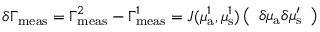
\delta \Gamma _ { \mathrm { m e a s } } = \Gamma _ { \mathrm { m e a s } } ^ { 2 } - \Gamma _ { \mathrm { m e a s } } ^ { 1 } = J ( \mu _ { { \mathrm a } } ^ { 1 } , \mu _ { \mathrm { s } } ^ { 1 } ) \left( \begin{array} { l } { \delta \mu _ { { \mathrm a } } \delta \mu _ { \mathrm { s } } ^ { \prime } } \end{array} \right)